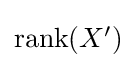
{\textstyle \operatorname {rank} (X')}